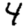
Digit: 4